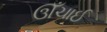
ઊઁચાઈ